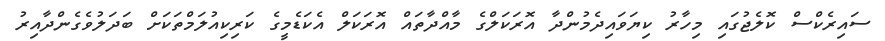
ސައިރެކްސް ކޮލެޖުގައި މިހާރު ކިޔަވައިދެމުންދާ އޮރަކަލްގެ މާއްދާތައް އޮރަކަލް އެކަޑެމީގެ ކަރިކިއުލަމްތަކަށް ބަދަލުވެގެންދާއިރު